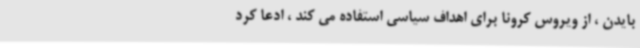
بایدن ، از ویروس کرونا برای اهداف سیاسی استفاده می کند ، ادعا کرد